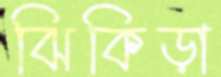
ঝিকিড়া